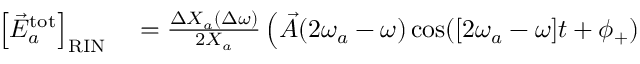
\begin{array} { r l } { \left[ \vec { E } _ { a } ^ { \mathrm { t o t } } \right] _ { \mathrm { R I N } } } & { { } = \frac { \Delta X _ { a } ( \Delta \omega ) } { 2 X _ { a } } \left( \vec { A } ( 2 \omega _ { a } - \omega ) \cos ( [ 2 \omega _ { a } - \omega ] t + \phi _ { + } ) \right. } \end{array}